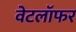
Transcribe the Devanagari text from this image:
वेटलॉफर